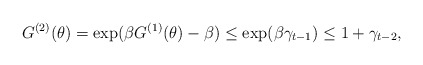
\begin{align*}G^{(2)}(\theta)=\exp(\beta G^{(1)}(\theta)-\beta)\le \exp(\beta \gamma_{t-1})\le 1+\gamma_{t-2},\end{align*}